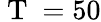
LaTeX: \mathrm{~T~}=50